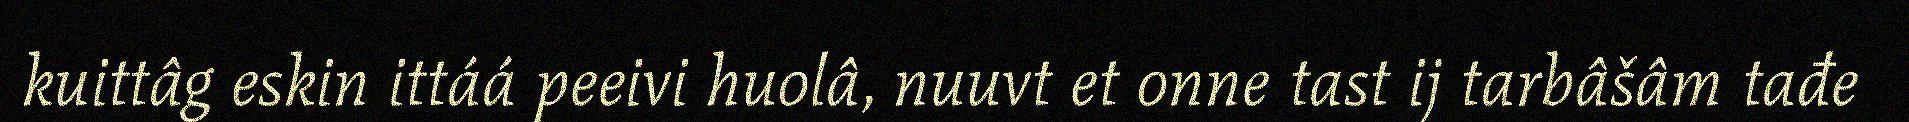
kuittâg eskin ittáá peeivi huolâ, nuuvt et onne tast ij tarbâšâm tađe